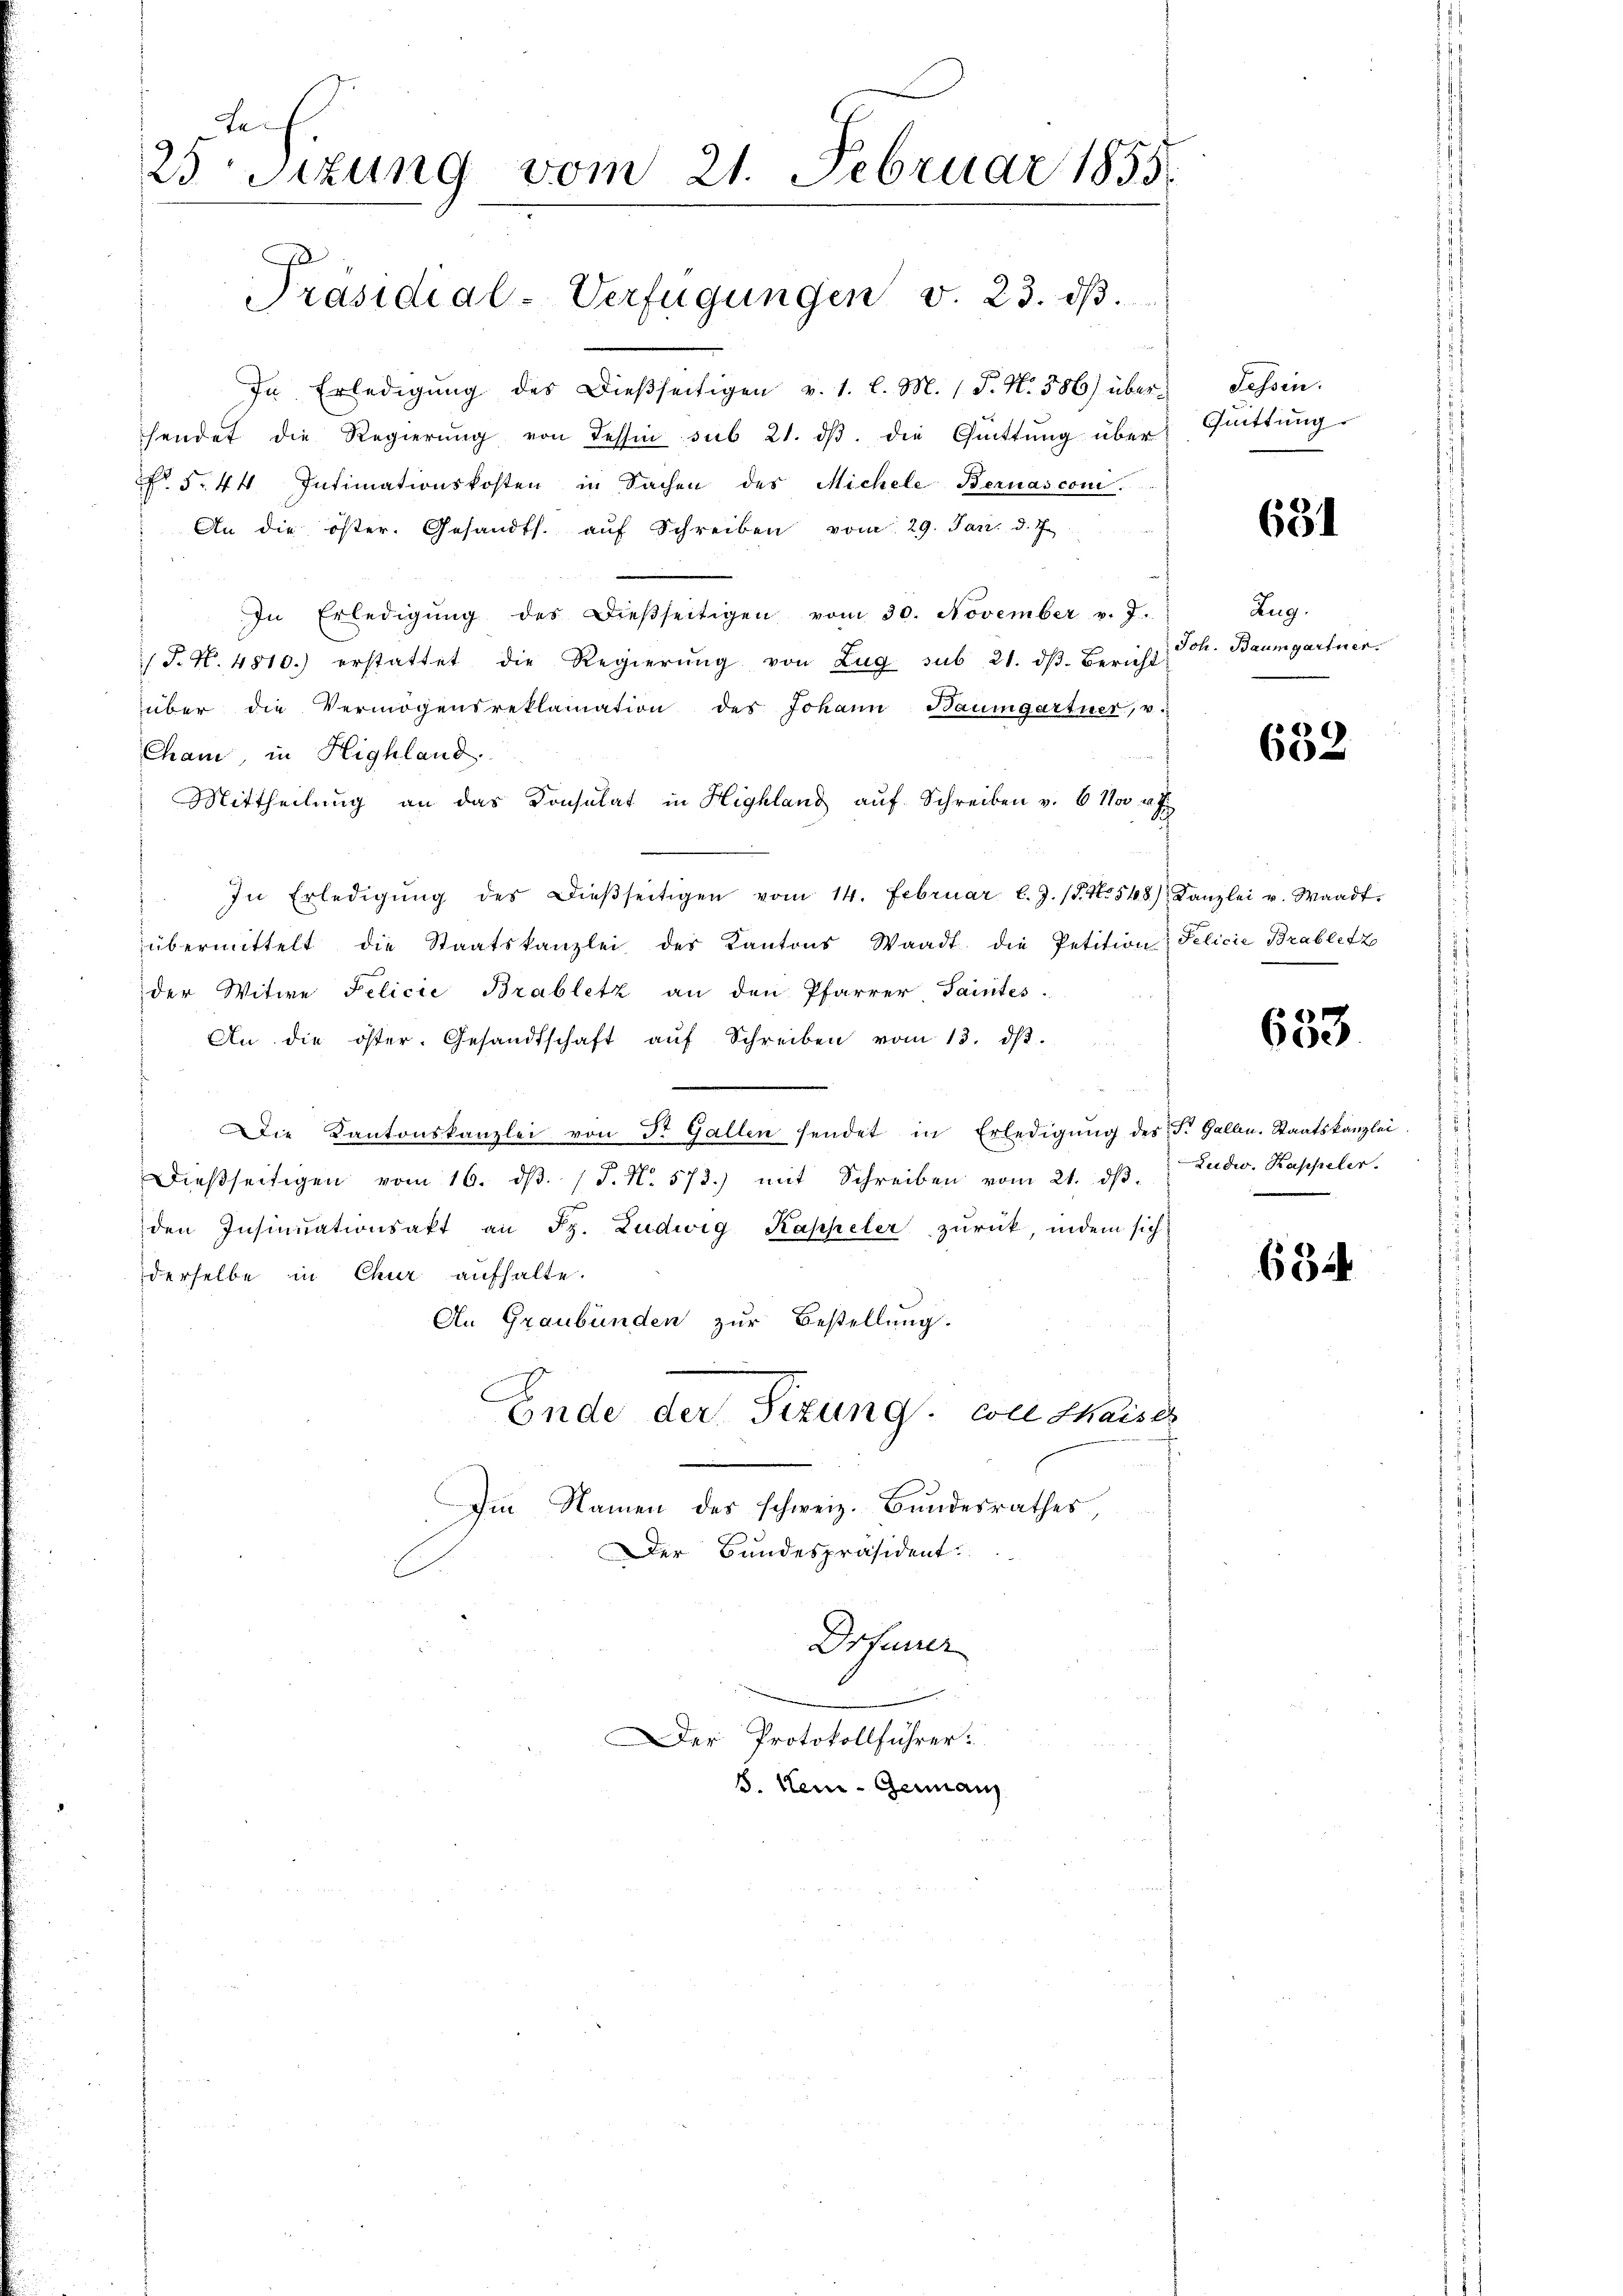
Lei
23 Sizung vom 21. Februar 1855.

Präsidial-Verfügungen v. 23. dβ.

In Erledigung des Dießseitigen v. 1. l. M. (T. N. 586) überhendet die Regierŭng von dessin sub 21. dβ. die Güttung über
. §. 44 Intimationskosten in Sachen des Michele Bernascom¬
An die öster. Gesandts. aŭf Schreiben vom 29. Jan. d. J.
In Erledigŭng des Dieβseitigen vom 30. November v. J.
/J. N. 4810.) erstattet die Regierŭng von Zŭg sub 21. dβ. Bericht
über die Vermögensreklamation des Johann Baumgartner, v.
Cham, in Highland.
¬
Mittheilung an das Konsulat in Highland aŭf Schreiben v. 6 Nov. v. J
In Erledigŭng des dieβseitigen vom 14. Februar l.J. (T. No. 548) Kanzlei u. Waadt.
übermittelt die Staatskanzlei der Kantons Waadt die Petition Felicie Brabletz
der Witwe Felicie Brabletz an den Pfarrer, Saintes.
An die öster. Gesandtschaft aŭf Schreiben vom 13. dβ.
Die Kantonskanzlei von dr. Gallen sendet in Erledigŭng des F. Gallen. Staatskanzlei
Dieβseitigen vom 16. dβ. / J. N. 573.) mit Schreiben vom 21. dβ.
den Insinuationsakt an Fr. Ludwig Kappeler zŭrück, indem sich
derselbe in Chur aufhalte.
An Graubünden zur Bestellung.
Ende der Sizung von Chaiser
Im Namen des schweiz. Bundesrathes
Der Bundespräsident
Drfeuer

Der Protokollführer:
8. Kei-Germann

Fessen.
Quittung.

631

Zug.
Joh. Baumgartner.

632

653.

Zudw. Kappeler.

634